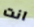
انت